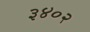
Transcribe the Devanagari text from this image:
३४०२